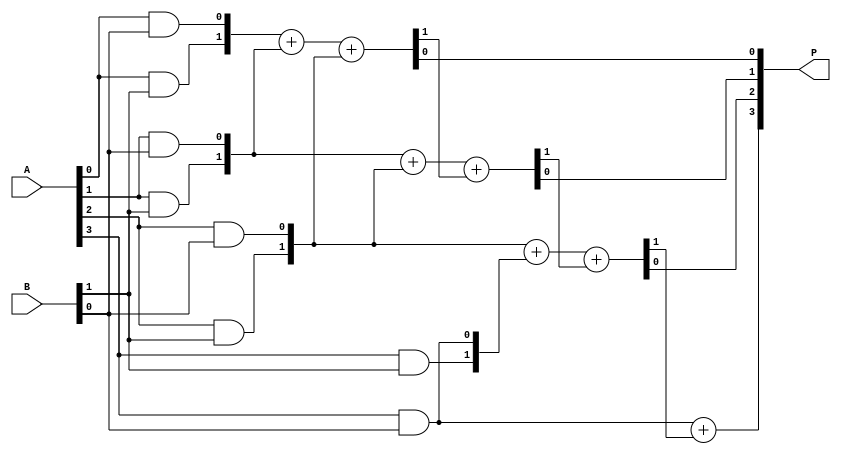
module low_power_wallace_tree_multiplier #(parameter N = 4) (
    input  wire [N-1:0] A,  // First n-bit input
    input  wire [N-1:0] B,  // Second n-bit input
    output wire [2*N-1:0] P // m-bit output (where m = 2n)
);

    // Partial Products Generation
    wire [N-1:0] pp [0:N-1]; // Partial products array
    genvar i, j;
    generate
        for (i = 0; i < N; i = i + 1) begin : pp_gen
            for (j = 0; j < N; j = j + 1) begin : pp_inner
                assign pp[i][j] = A[i] & B[j]; // AND operation for partial products
            end
        end
    endgenerate

    // Wallace Tree Reduction
    wire [N-1:0] sum [0:N-1]; // Sums from adders
    wire [N-1:0] carry [0:N-1]; // Carries from adders

    // Stage 1: Grouping and adding partial products
    generate
        for (i = 0; i < N; i = i + 1) begin : stage1
            if (i < N-1) begin
                // Full adders for groups of 3 bits
                if (i % 3 == 0) begin
                    assign {carry[i], sum[i]} = pp[i] + pp[i+1] + pp[i+2];
                end else begin
                    assign {carry[i], sum[i]} = pp[i] + pp[i+1];
                end
            end else begin
                assign sum[i] = pp[i]; // Last row
            end
        end
    endgenerate

    // Final Addition Stage
    wire [2*N-1:0] final_sum; // Final sum
    wire [2*N-1:0] final_carry; // Final carry

    assign {final_carry[0], final_sum[0]} = sum[0];
    generate
        for (i = 1; i < N; i = i + 1) begin : final_addition
            assign {final_carry[i], final_sum[i]} = sum[i] + final_carry[i-1];
        end
    endgenerate

    // Output Assignment
    assign P = final_sum;

endmodule